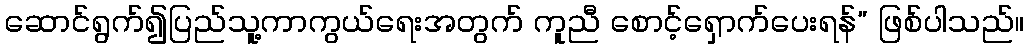
ဆောင်ရွက်၍ပြည်သူ့ကာကွယ်ရေးအတွက် ကူညီ စောင့်ရှောက်ပေးရန်” ဖြစ်ပါသည်။